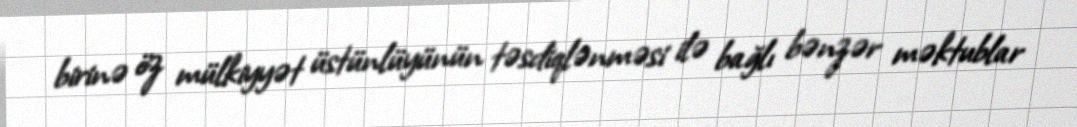
birinə öz mülkiyyət üstünlüyünün təsdiqlənməsi ilə bağlı bənzər məktublar